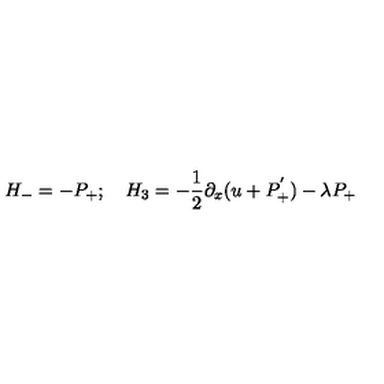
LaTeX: H _ { - } = - P _ { + } ; \quad H _ { 3 } = - { \frac { 1 } { 2 } } { \partial _ { x } ( u + P _ { + } ^ { ' } ) } - \lambda P _ { + }